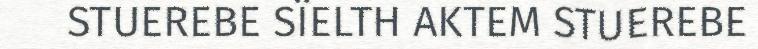
STUEREBE SÏELTH AKTEM STUEREBE